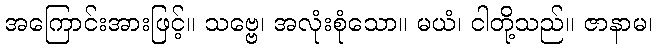
အကြောင်းအားဖြင့်။ သဗ္ဗေ၊ အလုံးစုံသော။ မယံ၊ ငါတို့သည်။ ဇာနာမ၊